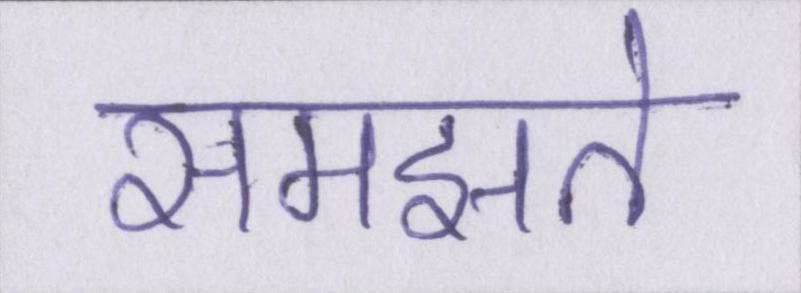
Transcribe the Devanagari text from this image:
समझते